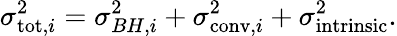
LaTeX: \sigma_{\mathrm{tot},i}^{2}=\sigma_{BH,i}^{2}+\sigma_{\mathrm{conv},i}^{2}+\sigma_{\mathrm{intrinsic}}^{2}.